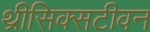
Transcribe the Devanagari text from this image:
थ्रीसिक्सटीवन